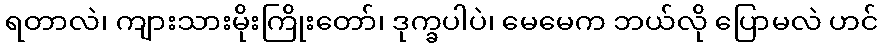
ရတာလဲ၊ ကျားသားမိုးကြိုးတော်၊ ဒုက္ခပါပဲ၊ မေမေက ဘယ်လို ပြောမလဲ ဟင်